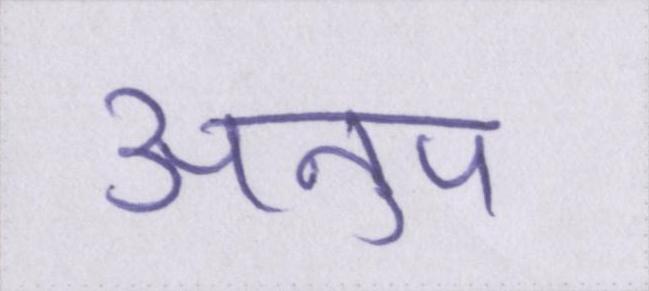
अनुप